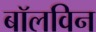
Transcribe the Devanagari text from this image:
बॉलविन